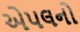
એપલનો